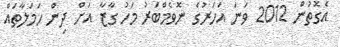
އެގޮތުން 2012 ވަނަ އަހަރުގެ ނޮވެމްބަރު މަހު ގާޒާ އަށް ދިން ހަމަލާތައް